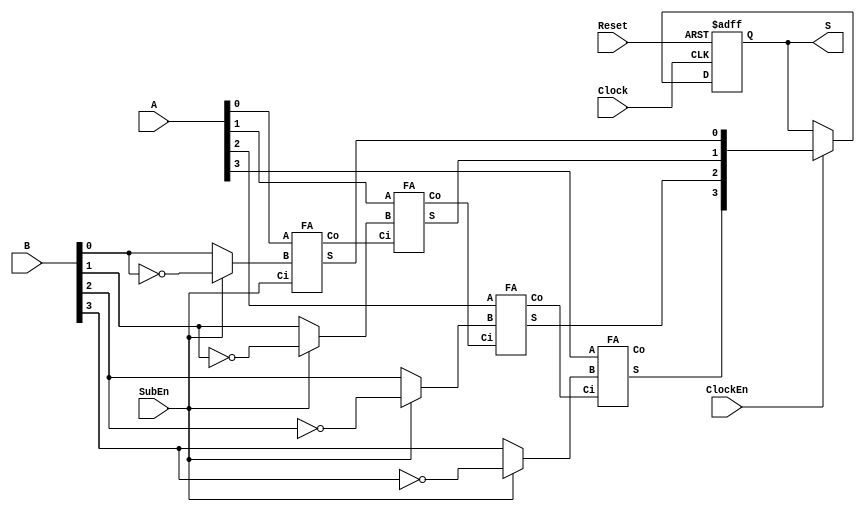
////////////////////////////////////////////////////
//Z Carry oWX^
//SubEn = 0: A+B
//SubEn = 1: A-B

/* Portlist
	AddSub #(.width()) 
		as(.Clock(Clock),.ClockEn(),.Reset(Reset),.SubEn(),.A(),.B(),.S());
*/

module AddSub
#(
	////////////////////////////////////////////////////
	// Parameters
	parameter width = 4 //input bit width
)
(	
	////////////////////////////////////////////////////
	// Ports 
	input Clock,ClockEn,Reset,SubEn,	//Subustractor Enable
	input [width-1:0]	A,B,
	output reg [width-1:0]	S
);

	////////////////////////////////////////////////////
	// Net
	wire [width-1:0]	wFAB;	//Full Adder B input wire
	wire [width:0]		C;		//Carry
	wire [width-1:0]	wS;
	assign C[0]		= SubEn;
	
	generate 
		genvar i;
		for (i=0;i<width;i=i+1) begin :loop
			assign wFAB[i]	= (SubEn) ? ~B[i] : B[i] ;
			FA a(.A(A[i]),.B(wFAB[i]),.Ci(C[i]),.S(wS[i]),.Co(C[i+1]));
		end
	endgenerate
	
	always@(posedge Clock or posedge Reset)begin
		if(Reset)
			S		<= 1'b0;
		else if (ClockEn)
			S		<= wS;
	end
endmodule

`ifndef FA
`define FA
////////////////////////////////////////////////////
//Full Adder
/* Portlist
	FA _(.A(),.B(),.Ci(),.S(),.Co());
*/
module FA
////////////////////////////////////////////////////
// Ports
(
input A,B,Ci,
output S,Co
);
	wire exAB	= A^B;
	assign S	= exAB^Ci;
	assign Co	= (A&B)|(exAB&Ci);

endmodule
`endif